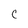
Character: C